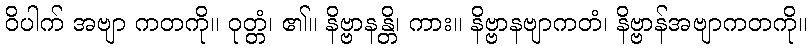
ဝိပါက် အဗျာ ကတကို။ ဝုတ္တံ၊ ၏။ နိဗ္ဗာနန္တိ၊ ကား။ နိဗ္ဗာနဗျာကတံ၊ နိဗ္ဗာန်အဗျာကတကို။